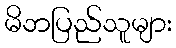
မိဘပြည်သူများ